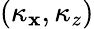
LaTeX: (\kappa_{\mathbf{x}},\kappa_{z})